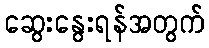
ဆွေးနွေးရန်အတွက်